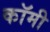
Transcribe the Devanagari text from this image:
कॉमी